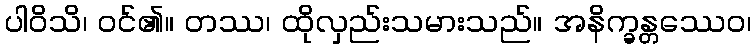
ပါဝိသိ၊ ဝင်၏။ တဿ၊ ထိုလှည်းသမားသည်။ အနိက္ခန္တဿေဝ၊